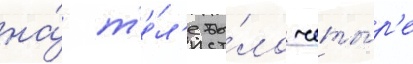
на́ т'е́л'е бы́ло четы́р'е